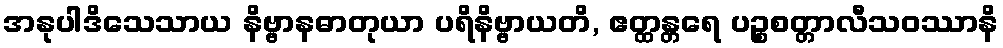
အနုပါဒိသေသာယ နိဗ္ဗာနဓာတုယာ ပရိနိဗ္ဗာယတိ, ဧတ္ထန္တရေ ပဉ္စစတ္တာလီသဝဿာနိ